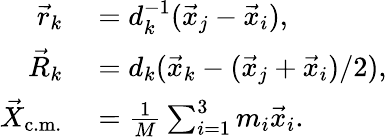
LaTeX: \begin{array}{rl}{\vec{r}_{k}}&{{}=d_{k}^{-1}(\vec{x}_{j}-\vec{x}_{i}),}\\ {\vec{R}_{k}}&{{}=d_{k}(\vec{x}_{k}-(\vec{x}_{j}+\vec{x}_{i})/2),}\\ {\vec{X}_{\mathrm{c.m.}}}&{{}=\frac{1}{M}\sum_{i=1}^{3}m_{i}\vec{x}_{i}.}\end{array}